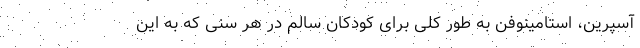
آسپرین، استامینوفن به طور کلی برای کودکان سالم در هر سنی که به این